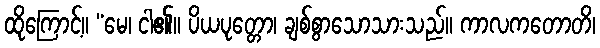
ထိုကြောင့်။ “မေ၊ ငါ၏။ ပိယပုတ္တော၊ ချစ်စွာသောသားသည်။ ကာလကတောတိ၊